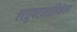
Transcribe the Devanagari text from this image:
लघुपटमालिकेला